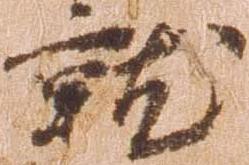
就